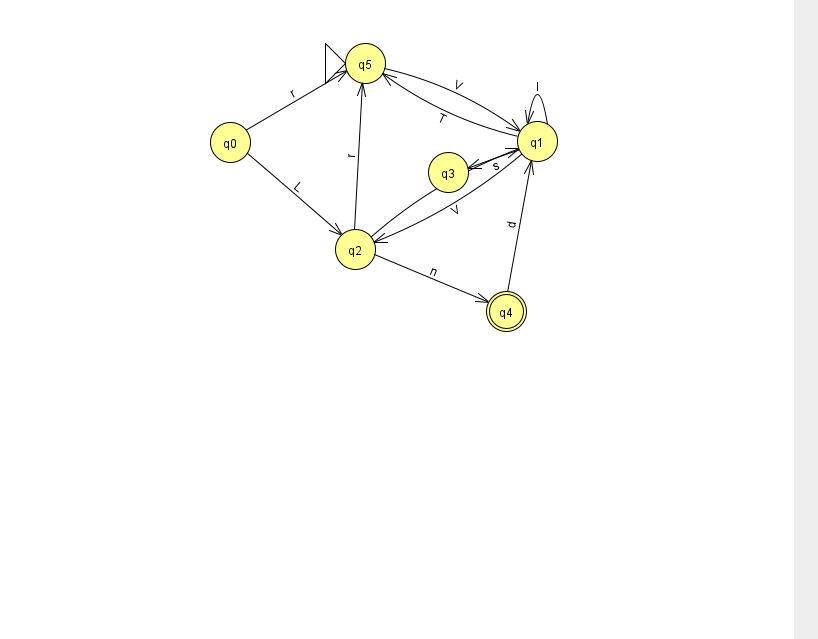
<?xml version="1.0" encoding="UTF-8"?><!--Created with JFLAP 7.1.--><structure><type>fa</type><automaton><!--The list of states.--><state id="0" name="q0"><x>230.0</x><y>129.0</y></state><state id="1" name="q1"><x>537.0</x><y>128.0</y></state><state id="2" name="q2"><x>355.0</x><y>236.0</y></state><state id="3" name="q3"><x>448.0</x><y>159.0</y></state><state id="4" name="q4"><x>506.0</x><y>298.0</y><final/></state><state id="5" name="q5"><x>365.0</x><y>50.0</y><initial/></state><!--The list of transitions.--><transition><from>0</from><to>2</to><read>L</read></transition><transition><from>5</from><to>1</to><read>V</read></transition><transition><from>0</from><to>5</to><read>r</read></transition><transition><from>1</from><to>3</to><read>s</read></transition><transition><from>1</from><to>5</to><read>T</read></transition><transition><from>2</from><to>1</to><read>R</read></transition><transition><from>1</from><to>1</to><read>I</read></transition><transition><from>2</from><to>4</to><read>n</read></transition><transition><from>4</from><to>1</to><read>d</read></transition><transition><from>1</from><to>2</to><read>V</read></transition><transition><from>2</from><to>5</to><read>r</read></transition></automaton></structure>